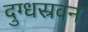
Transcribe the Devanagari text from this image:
दुग्धस्रवन